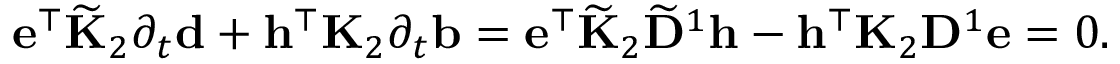
\begin{array} { r } { \mathbf { e } ^ { \top } \widetilde { \mathbf { K } } _ { 2 } \partial _ { t } \mathbf { d } + \mathbf { h } ^ { \top } \mathbf { K } _ { 2 } \partial _ { t } \mathbf { b } = \mathbf { e } ^ { \top } \widetilde { \mathbf { K } } _ { 2 } \widetilde { \mathbf { D } } ^ { 1 } \mathbf { h } - \mathbf { h } ^ { \top } \mathbf { K } _ { 2 } \mathbf { D } ^ { 1 } \mathbf { e } = 0 . } \end{array}